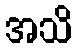
အသိ